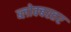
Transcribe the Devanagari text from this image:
ब्लोक्बस्तर